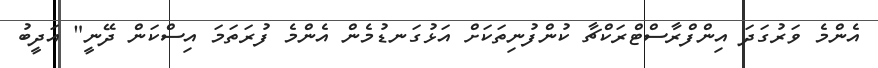
އެންމެ ވަރުގަދަ އިންފްރާސްޓްރަކްޗާ ކުންފުނިތަކަށް އަޅުގަނޑުމެން އެންމެ ފުރަތަމަ އިސްކަން ދޭނީ" އަދީބު